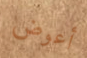
أعوض